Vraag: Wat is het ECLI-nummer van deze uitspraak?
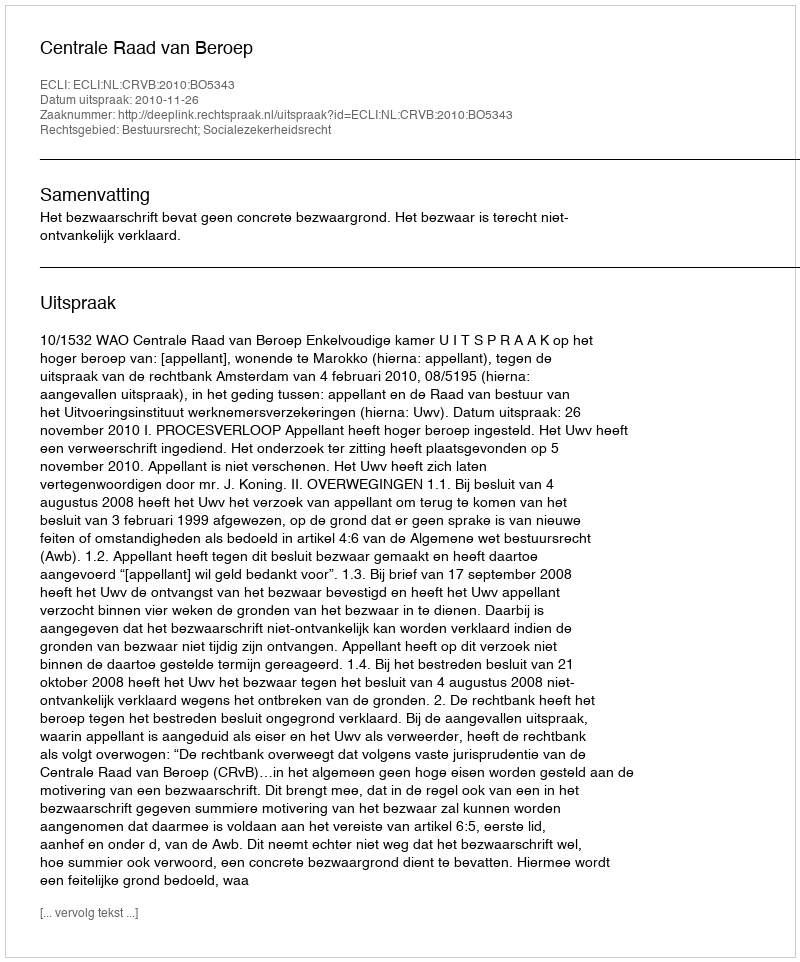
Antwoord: ECLI:NL:CRVB:2010:BO5343